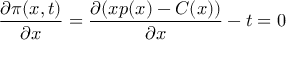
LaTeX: { \frac { \partial \pi ( x , t ) } { \partial x } } = { \frac { \partial ( x p ( x ) - C ( x ) ) } { \partial x } } - t = 0